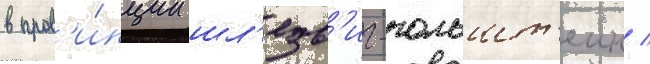
в пров'и́нции шл'езв'иг-гольшт'еин /